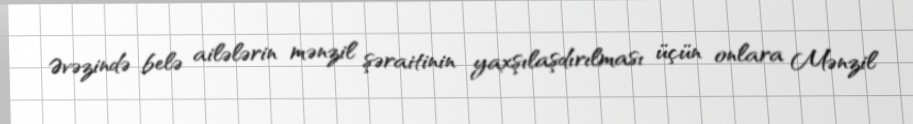
Əvəzində belə ailələrin mənzil şəraitinin yaxşılaşdırılması üçün onlara Mənzil